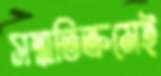
সম্মতিক্রমেই